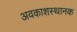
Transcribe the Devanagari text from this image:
अवकाशस्थानक